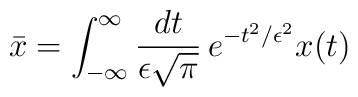
\bar{x} = \int_{-\infty}^\infty {dt \over \epsilon \sqrt{\pi}} \, e^{-t^2 / \epsilon^2} x(t)